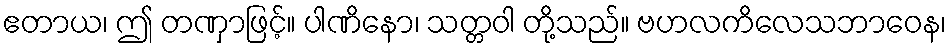
ဧတာယ၊ ဤ တဏှာဖြင့်။ ပါဏိနော၊ သတ္တဝါ တို့သည်။ ဗဟလကိလေသဘာဝေန၊